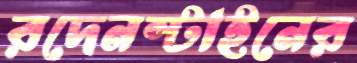
রদেনস্টাইনের